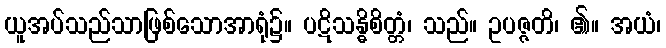
ယူအပ်သည်သာဖြစ်သောအာရုံ၌။ ပဋိသန္ဓိစိတ္တံ၊ သည်။ ဥပဇ္ဇတိ၊ ၏။ အယံ၊